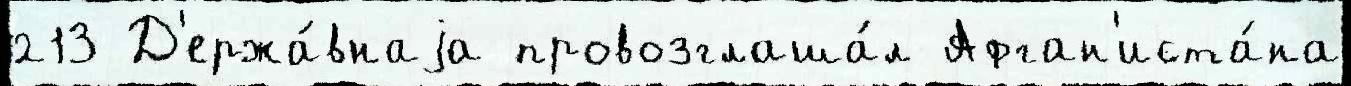
213 Д'ержа́внаjа провозглаша́л Афган'иста́на